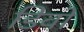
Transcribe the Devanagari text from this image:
डिवो